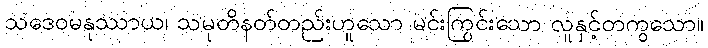
သဒေဝမနုဿာယ၊ သမုတိနတ်တည်းဟူသော မင်းကြွင်းသော လူနှင့်တကွသော။